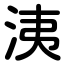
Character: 洟